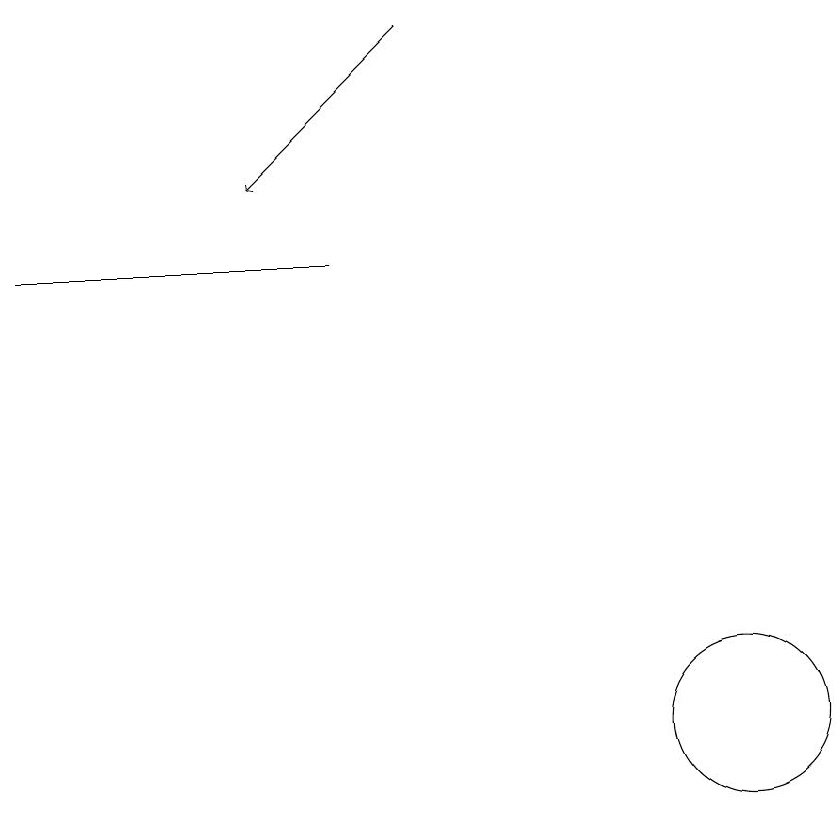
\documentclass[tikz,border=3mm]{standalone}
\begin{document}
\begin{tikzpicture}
\draw (11,10) circle (1);
\draw (2,16) rectangle (6,16);
\draw (10,12) circle (0);
\draw[->] (7,19) -- (5,17);
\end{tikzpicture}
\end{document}